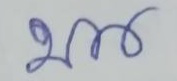
บน